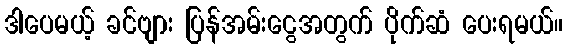
ဒါပေမယ့် ခင်ဗျား ပြန်အမ်းငွေအတွက် ပိုက်ဆံ ပေးရမယ်။